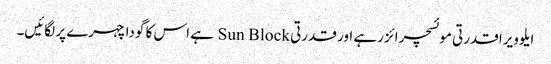
ایلوویرا قدرتی موئسچرائز رہے اور قدرتی Sun Block ہے اس کا گودا چہرے پر لگائیں۔